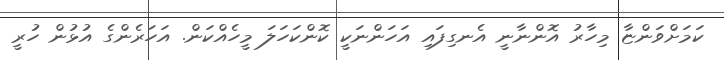
ކަމަށްވަންޏާ މިހާރު އޮންނާނީ އެނގިފައި އަހަންނަކީ ކޮންކަހަލަ މީހެއްކަން. އަހަރެންގެ އުޅުން ހުރީ